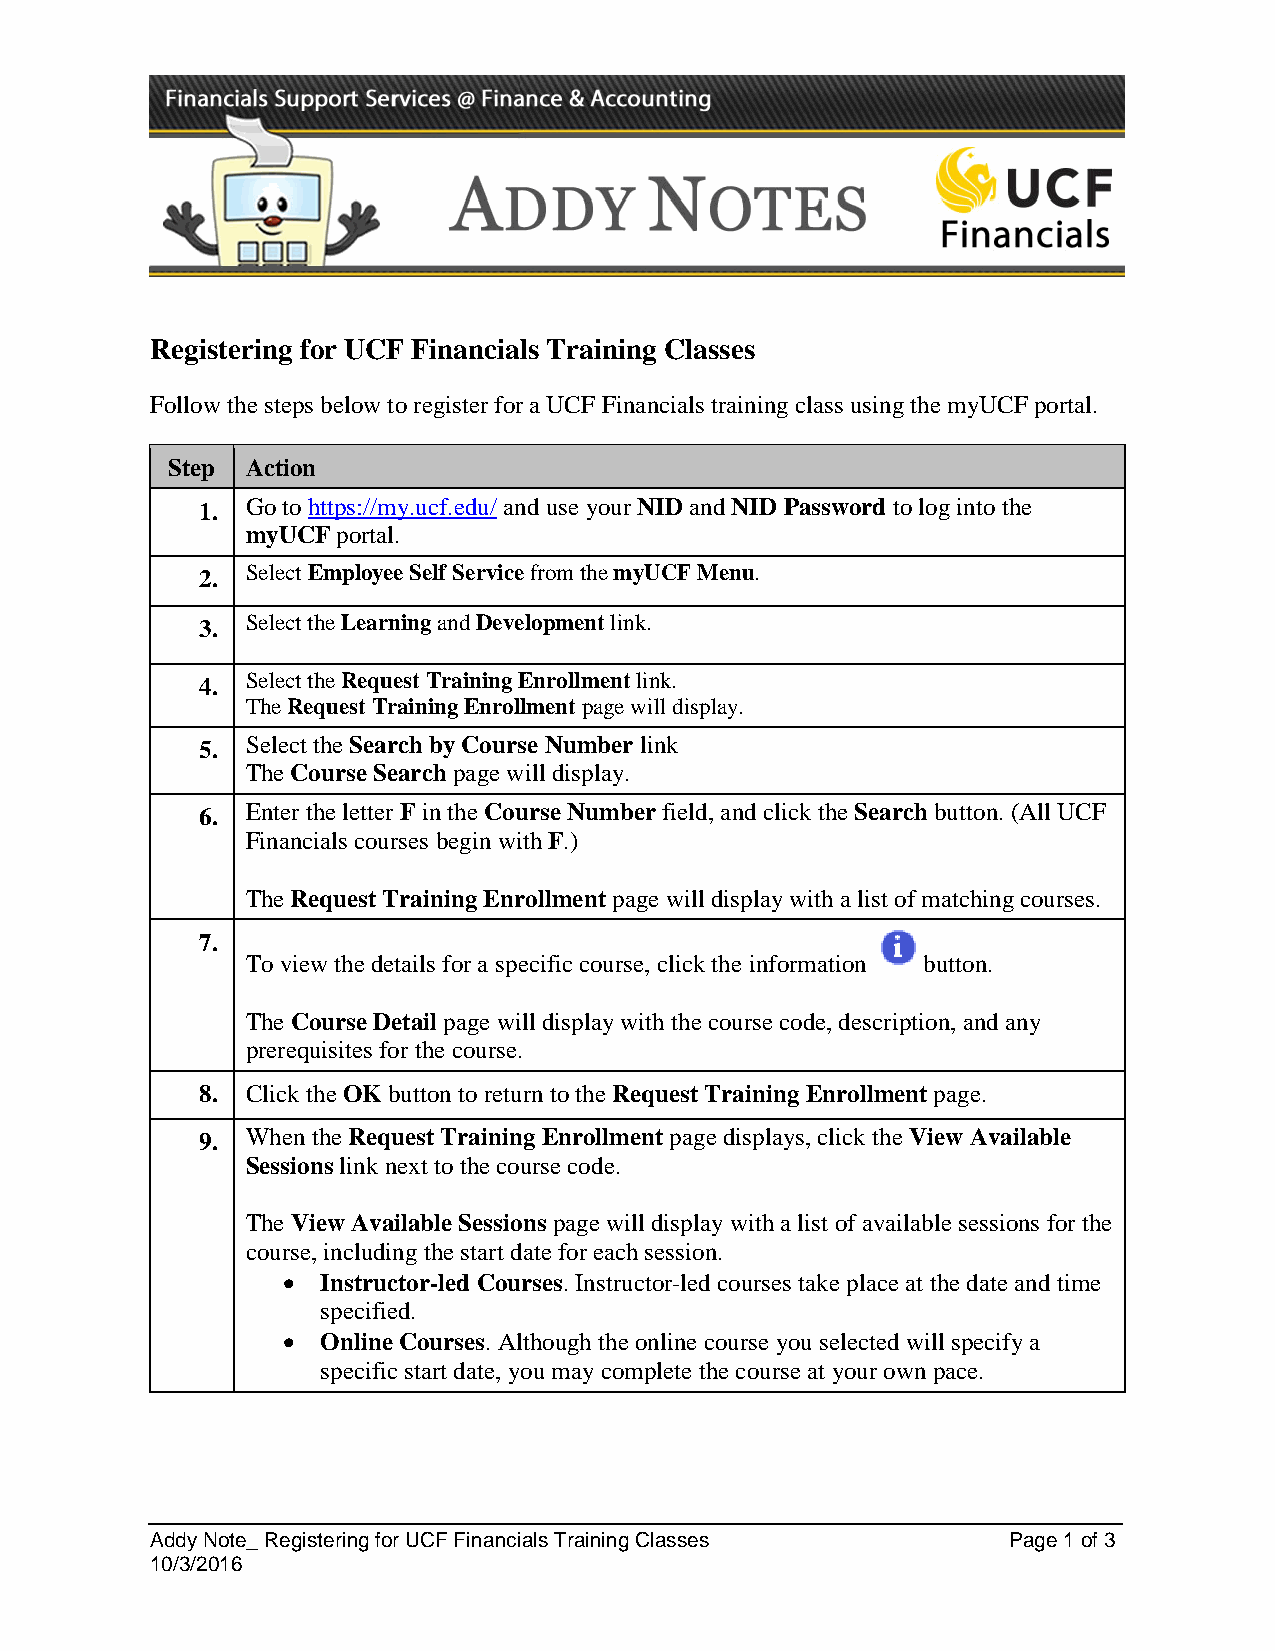
Registering for UCF Financials Training Classes
 Follow the steps below to register for a UCF Financials training class using the myUCF portal.
 Step Action
 1. Go to https://my.ucf.edu/ and use your NID and NID Password to log into the
 myUCF portal.
 2. Select Employee Self Service from the myUCF Menu.
 3. Select the Learning and Development link.
 4. Select the Request Training Enrollment link.
 The Request Training Enrollment page will display.
 5. Select the Search by Course Number link
 The Course Search page will display.
 6. Enter the letter F in the Course Number field, and click the Search button. (All UCF
 Financials courses begin with F.)
 The Request Training Enrollment page will display with a list of matching courses.
 7.
 To view the details for a specific course, click the information button.
 The Course Detail page will display with the course code, description, and any
 prerequisites for the course.
 8. Click the OK button to return to the Request Training Enrollment page.
 9. When the Request Training Enrollment page displays, click the View Available
 Sessions link next to the course code.
 The View Available Sessions page will display with a list of available sessions for the
 course, including the start date for each session.
 • Instructor-led Courses. Instructor-led courses take place at the date and time
 specified.
 • Online Courses. Although the online course you selected will specify a
 specific start date, you may complete the course at your own pace.
 Addy Note_ Registering for UCF Financials Training Classes Page 1 of 3
 10/3/2016